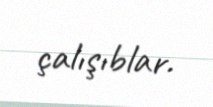
çalışıblar.